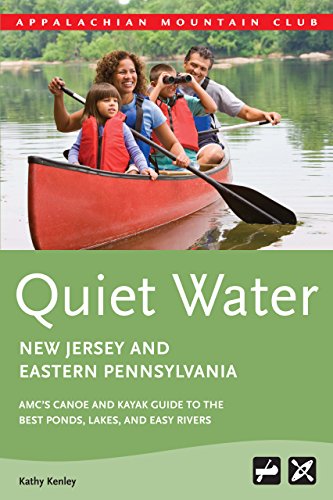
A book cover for Quiet Water New Jersey and Eastern Pennsylvania: AMC's Canoe And Kayak Guide To The Best Ponds, Lakes, And Easy Rivers (AMC Quiet Water Series); Kathy Kenley; Travel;